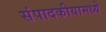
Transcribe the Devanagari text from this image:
संपादकीयामध्ये